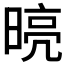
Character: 𭦾